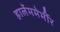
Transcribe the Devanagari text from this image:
हार्लेममेर्मीर